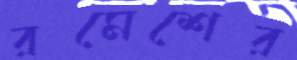
রমেশের